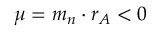
\mu = m _ { n } \cdot r _ { A } < 0